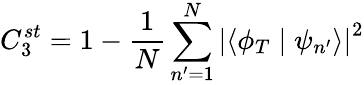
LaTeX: C_{3}^{st}=1-\frac{1}{N}\sum_{n^{\prime}=1}^{N}\left|\left\langle\phi_{T}\mid\psi_{n^{\prime}}\right\rangle\right|^{2}